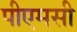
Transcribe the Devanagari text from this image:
पीएमसी